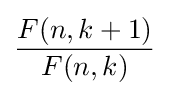
{\frac {F(n,k+1)}{F(n,k)}}